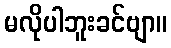
မလိုပါဘူးခင်ဗျာ။